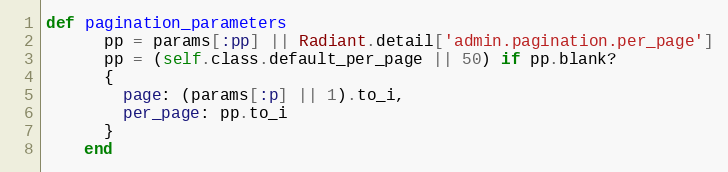
Language: Ruby
def pagination_parameters
      pp = params[:pp] || Radiant.detail['admin.pagination.per_page']
      pp = (self.class.default_per_page || 50) if pp.blank?
      {
        page: (params[:p] || 1).to_i,
        per_page: pp.to_i
      }
    end